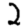
Digit: 2